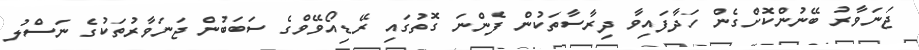
ޖަނަވާރު ބޭނުންކޮށްގެން ހަދާފައިވާ ދިރާސާތަކުން ފެންނަ ގޮތުގައި ރޭޑިއޯވޭވްގެ ސަބަބުން ޖަނަވާރުތަކުގެ ނަސްލު